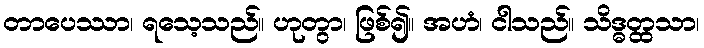
တာပေဿာ၊ ရသေ့သည်။ ဟုတွာ၊ ဖြစ်၍။ အဟံ၊ ငါသည်။ သိဒ္ဓတ္ထသာ၊